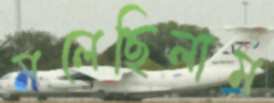
মলেছিলাম